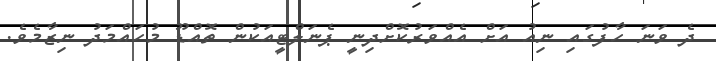
ދެ ވަނަ ހާފުގައި ނިއު އަށް އެއްވަރުކޮށްދިނީ ޕެނަލްޓީއަކުން ތޮއްޑޫ މުހައްމަދު ނިޒާމެވެ.